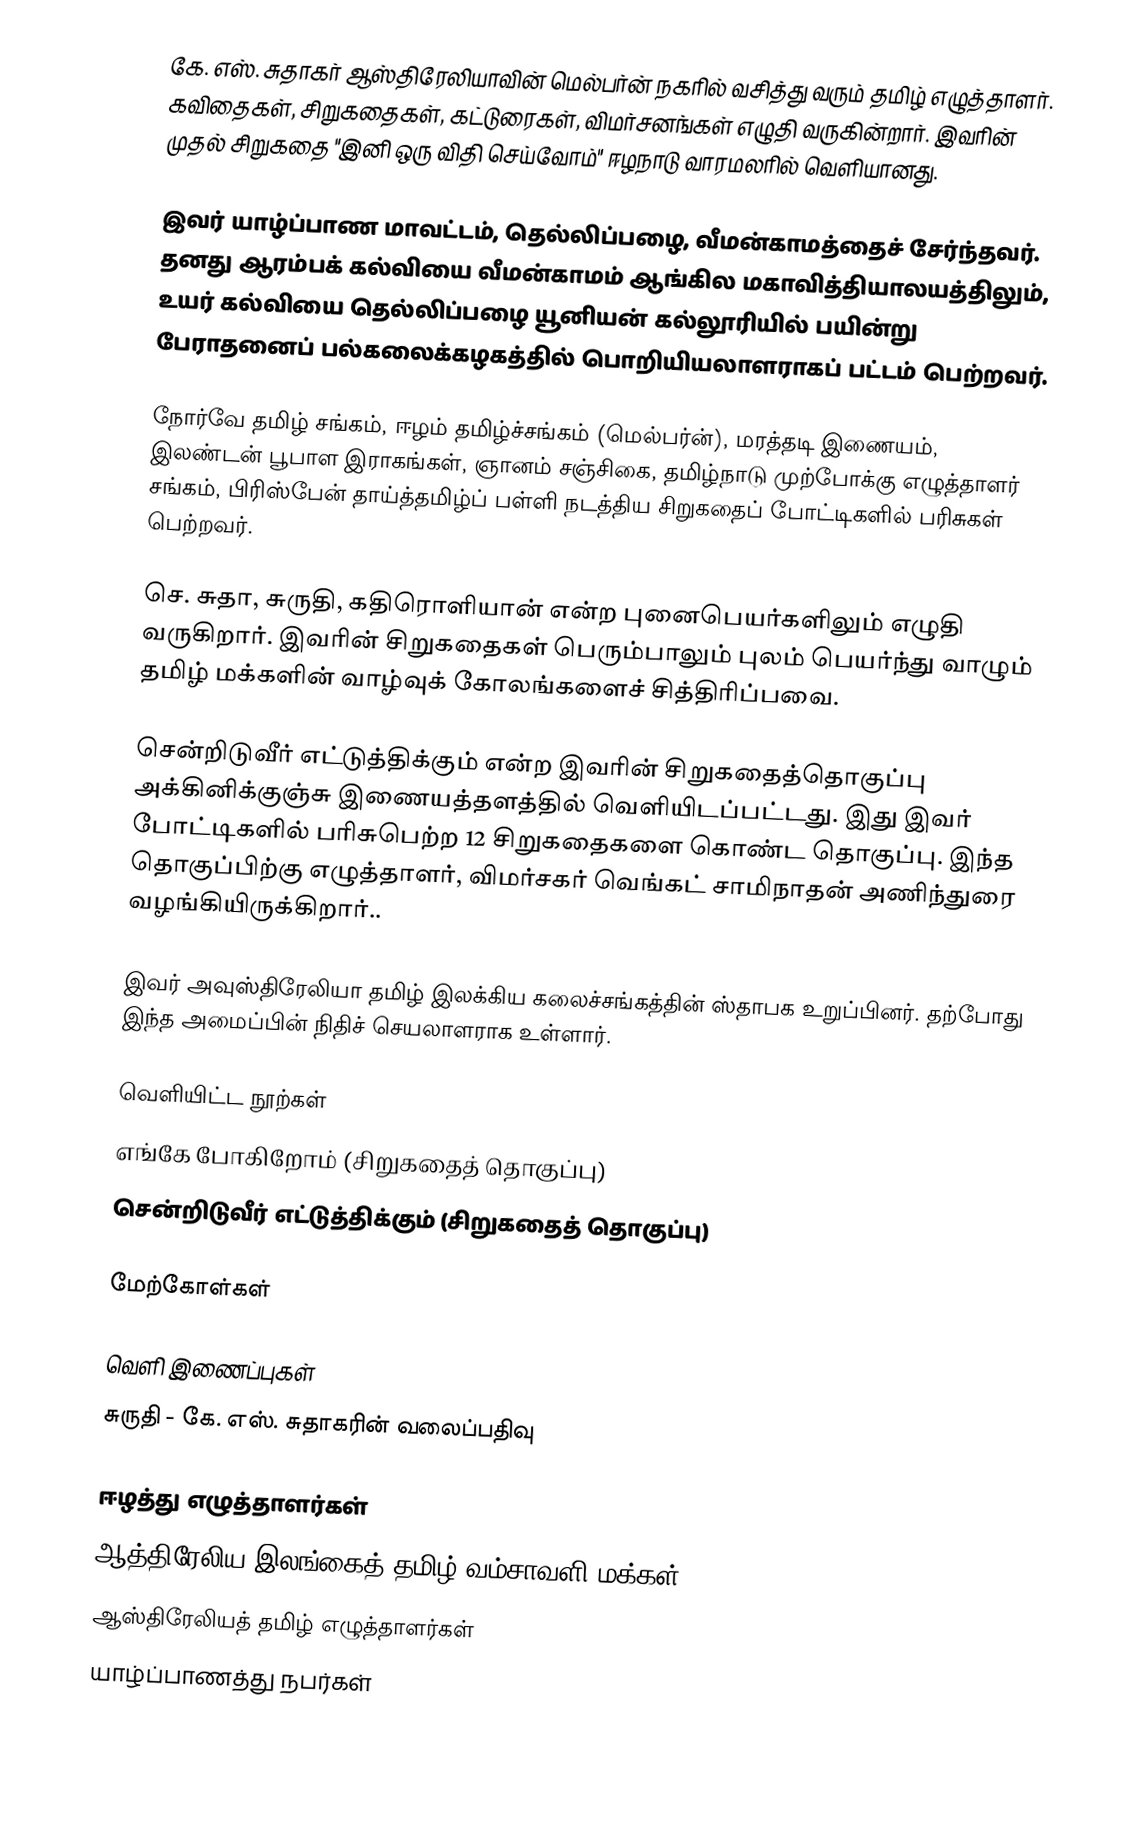
கே. எஸ். சுதாகர் ஆஸ்திரேலியாவின் மெல்பர்ன் நகரில் வசித்து வரும் தமிழ் எழுத்தாளர். கவிதைகள், சிறுகதைகள், கட்டுரைகள், விமர்சனங்கள் எழுதி வருகின்றார். இவரின் முதல் சிறுகதை "இனி ஒரு விதி செய்வோம்" ஈழநாடு வாரமலரில் வெளியானது.

இவர் யாழ்ப்பாண மாவட்டம், தெல்லிப்பழை, வீமன்காமத்தைச் சேர்ந்தவர். தனது ஆரம்பக் கல்வியை வீமன்காமம் ஆங்கில மகாவித்தியாலயத்திலும், உயர் கல்வியை தெல்லிப்பழை யூனியன் கல்லூரியில் பயின்று பேராதனைப் பல்கலைக்கழகத்தில் பொறியியலாளராகப் பட்டம் பெற்றவர்.

நோர்வே தமிழ் சங்கம், ஈழம் தமிழ்ச்சங்கம் (மெல்பர்ன்), மரத்தடி இணையம், இலண்டன் பூபாள இராகங்கள், ஞானம் சஞ்சிகை, தமிழ்நாடு முற்போக்கு எழுத்தாளர் சங்கம், பிரிஸ்பேன் தாய்த்தமிழ்ப் பள்ளி நடத்திய சிறுகதைப் போட்டிகளில் பரிசுகள் பெற்றவர்.

செ. சுதா, சுருதி, கதிரொளியான் என்ற புனைபெயர்களிலும் எழுதி வருகிறார். இவரின் சிறுகதைகள் பெரும்பாலும் புலம் பெயர்ந்து வாழும் தமிழ் மக்களின் வாழ்வுக் கோலங்களைச் சித்திரிப்பவை.

சென்றிடுவீர் எட்டுத்திக்கும் என்ற இவரின் சிறுகதைத்தொகுப்பு அக்கினிக்குஞ்சு இணையத்தளத்தில் வெளியிடப்பட்டது. இது இவர் போட்டிகளில் பரிசுபெற்ற 12 சிறுகதைகளை கொண்ட தொகுப்பு. இந்த தொகுப்பிற்கு எழுத்தாளர், விமர்சகர் வெங்கட் சாமிநாதன் அணிந்துரை வழங்கியிருக்கிறார்..

இவர் அவுஸ்திரேலியா தமிழ் இலக்கிய கலைச்சங்கத்தின் ஸ்தாபக உறுப்பினர். தற்போது இந்த அமைப்பின் நிதிச் செயலாளராக உள்ளார்.

வெளியிட்ட நூற்கள்
 எங்கே போகிறோம் (சிறுகதைத் தொகுப்பு)
 சென்றிடுவீர் எட்டுத்திக்கும் (சிறுகதைத் தொகுப்பு)

மேற்கோள்கள்

வெளி இணைப்புகள்
சுருதி - கே. எஸ். சுதாகரின் வலைப்பதிவு

ஈழத்து எழுத்தாளர்கள்
ஆத்திரேலிய இலங்கைத் தமிழ் வம்சாவளி மக்கள்
ஆஸ்திரேலியத் தமிழ் எழுத்தாளர்கள்
யாழ்ப்பாணத்து நபர்கள்